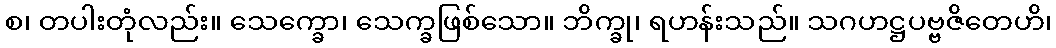
စ၊ တပါးတုံလည်း။ သေက္ခော၊ သေက္ခဖြစ်သော။ ဘိက္ခု၊ ရဟန်းသည်။ သဂဟဋ္ဌပဗ္ဗဇိတေဟိ၊